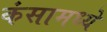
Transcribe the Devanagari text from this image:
कंसामध्ये